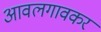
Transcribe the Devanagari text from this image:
आवलगावकर